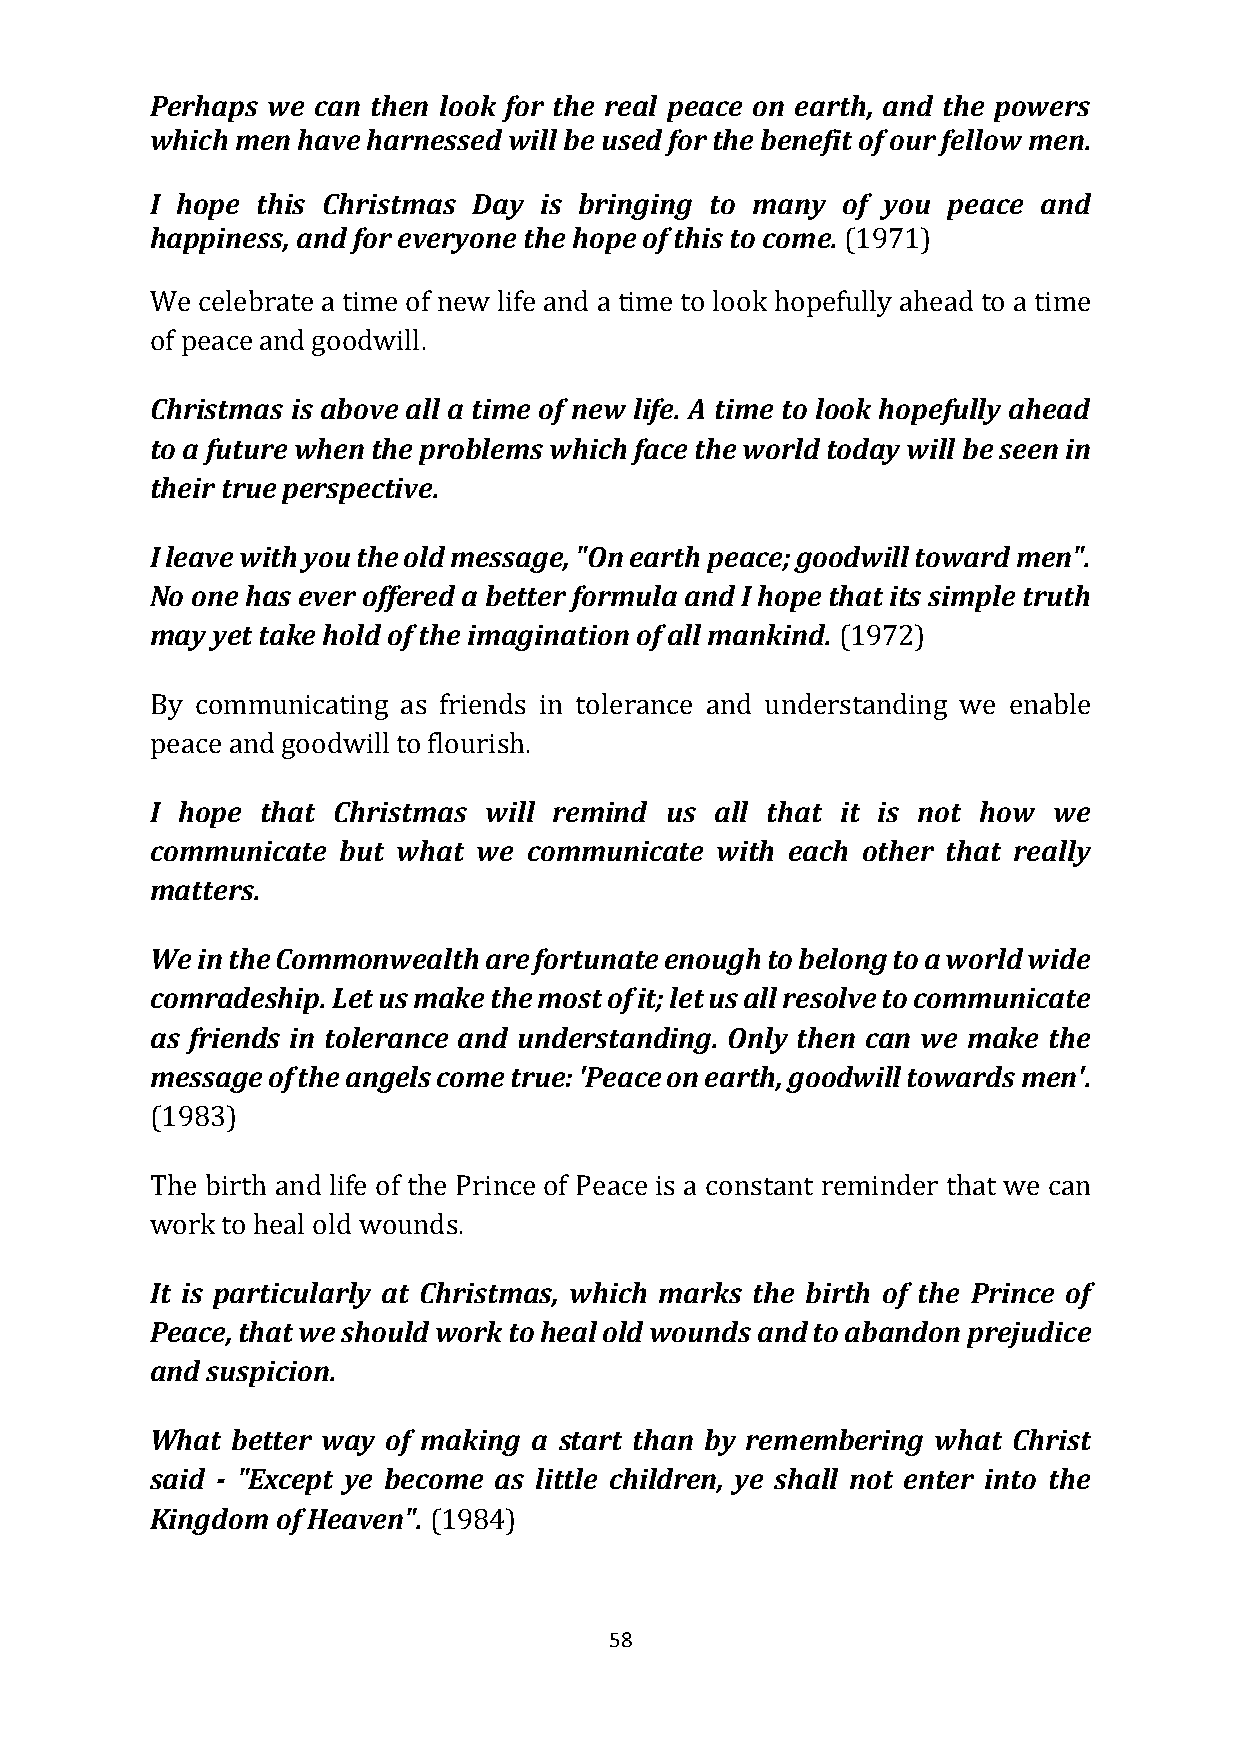
Perhaps we can then look for the real peace on earth, and the powers
 which men have harnessed will be used for the benefit of our fellow men.
 I hope this Christmas Day is bringing to many of you peace and
 happiness, and for everyone the hope of this to come. (1971)
 We celebrate a time of new life and a time to look hopefully ahead to a time
 of peace and goodwill.
 Christmas is above all a time of new life. A time to look hopefully ahead
 to a future when the problems which face the world today will be seen in
 their true perspective.
 I leave with you the old message, "On earth peace; goodwill toward men".
 No one has ever offered a better formula and I hope that its simple truth
 may yet take hold of the imagination of all mankind. (1972)
 By communicating as friends in tolerance and understanding we enable
 peace and goodwill to flourish.
 I hope that Christmas will remind us all that it is not how we
 communicate  but what we communicate with each other that really
 matters.
 We in the Commonwealth are fortunate enough to belong to a world wide
 comradeship. Let us make the most of it; let us all resolve to communicate
 as friends in tolerance and understanding. Only then can we make the
 message of the angels come true: 'Peace on earth, goodwill towards men'.
 (1983)
 The birth and life of the Prince of Peace is a constant reminder that we can
 work to heal old wounds.
 It is particularly at Christmas, which marks the birth of the Prince of
 Peace, that we should work to heal old wounds and to abandon prejudice
 and suspicion.
 What better way of making a start than by remembering what Christ
 said - "Except ye become as little children, ye shall not enter into the
 Kingdom of Heaven". (1984)
 58